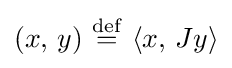
(x,\,y)\ {\stackrel {\mathrm {def} }{=}}\ \langle x,\,Jy\rangle